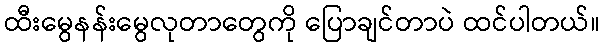
ထီးမွေနန်းမွေလုတာတွေကို ပြောချင်တာပဲ ထင်ပါတယ်။